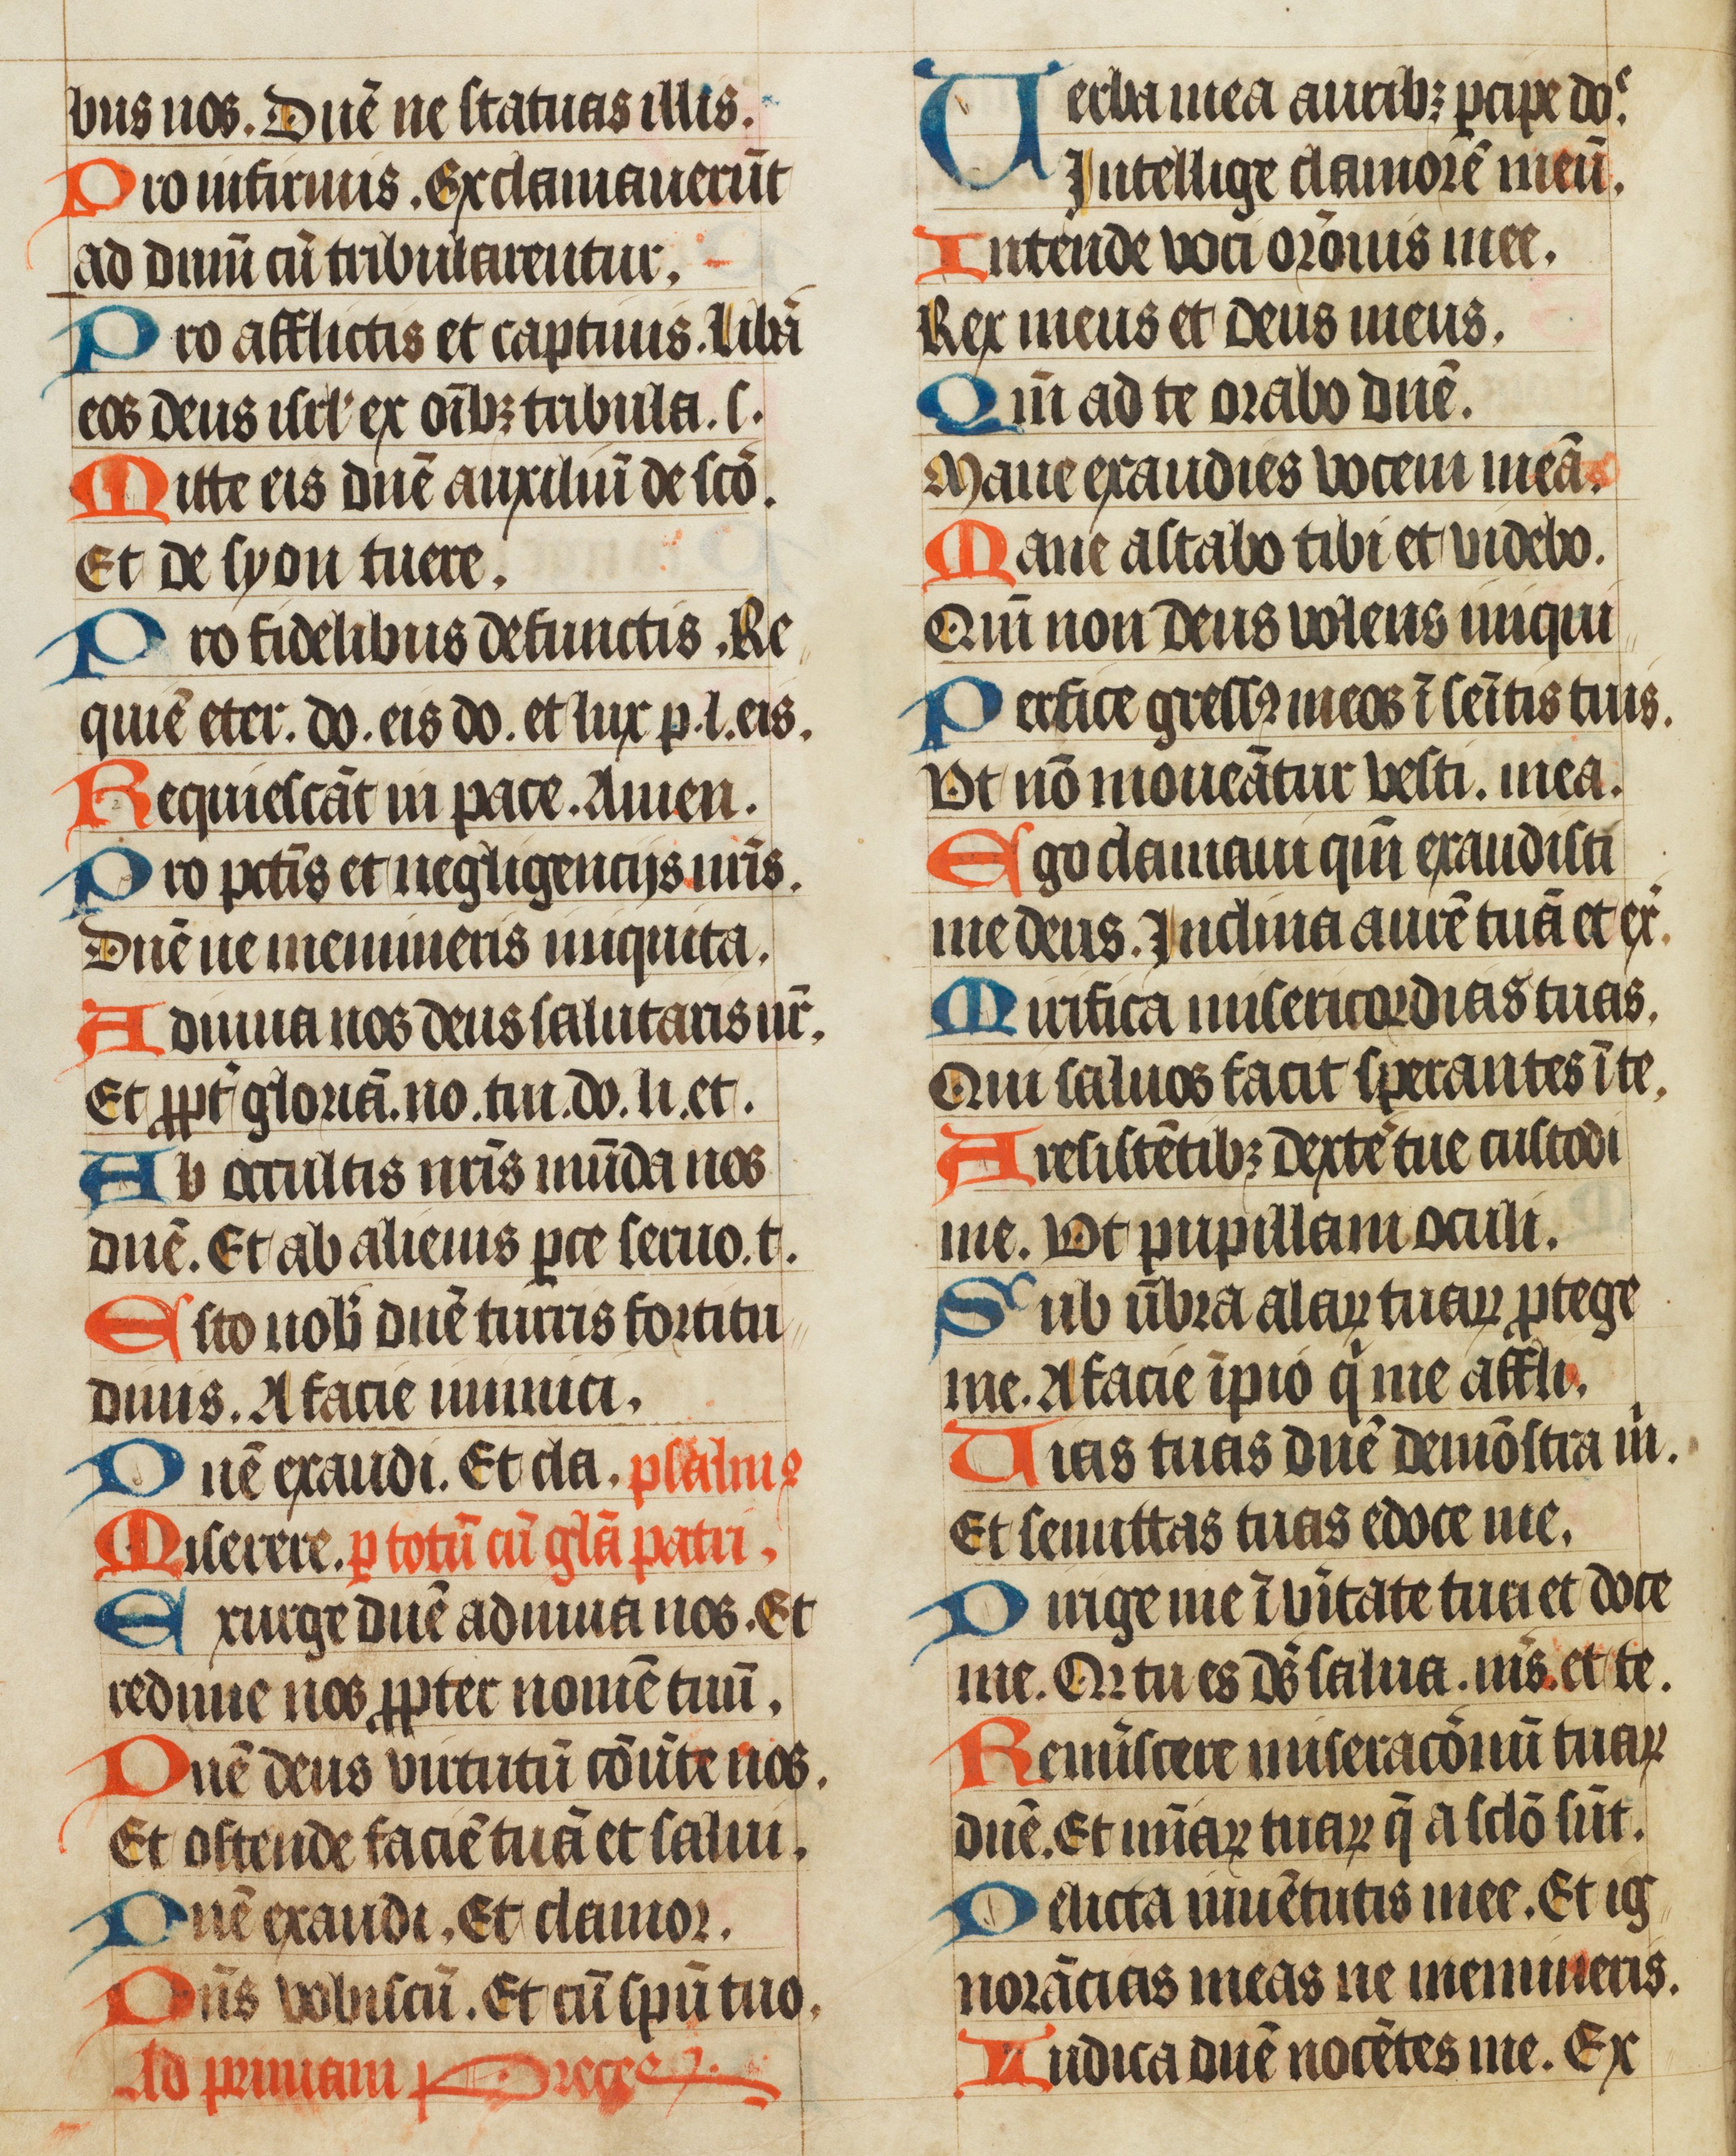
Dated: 1450–1499